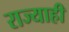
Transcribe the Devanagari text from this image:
राज्याही